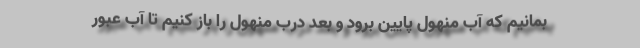
بمانيم كه آب منهول پايين برود و بعد درب منهول را باز كنيم تا آب عبور